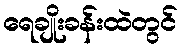
ရေချိုးခန်းထဲတွင်